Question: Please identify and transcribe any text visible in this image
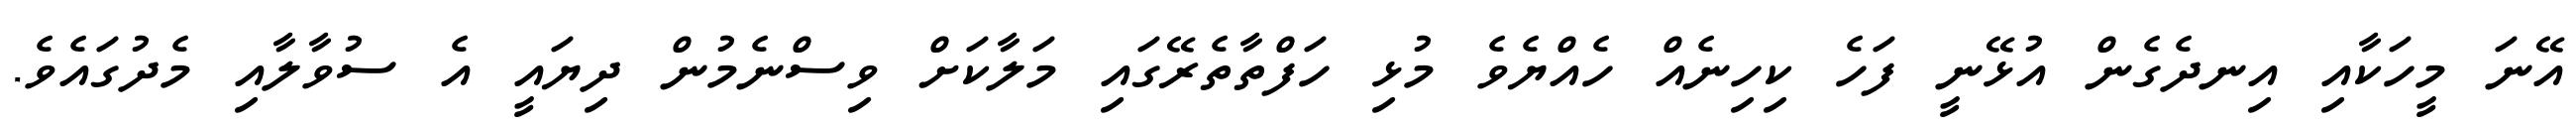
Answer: އޭނަ މީހަކާއި އިނދެގެން އުޅޭނީ ފަހެ ކިހިނެއް ހެއްޔެވެ މުޅި ހަފްތާތެރޭގައި މަލާކަށް ވިސްނެމުން ދިޔައީ އެ ސުވާލާއި މެދުގައެވެ.